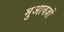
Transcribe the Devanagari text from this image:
मुआवज़ों